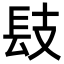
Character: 𨱜